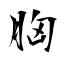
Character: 胸